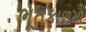
ભૂતકાળમા